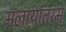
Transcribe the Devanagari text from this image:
मलायांतरम्‌